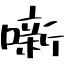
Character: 噺